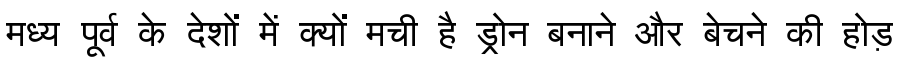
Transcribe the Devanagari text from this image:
मध्य पूर्व के देशों में क्यों मची है ड्रोन बनाने और बेचने की होड़